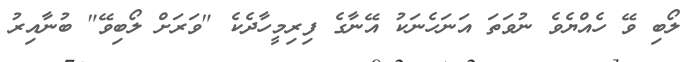
ލޯބި ވޭ ހެއްޔެވެ ނުވަތަ އަނަހެނަކު އޭނާގެ ފިރިމީހާދެކެ "ވަރަށް ލޯބިވޭ" ބުނާއިރު